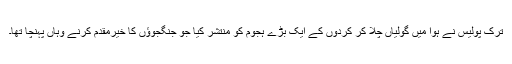
ترک پولیس نے ہوا میں گولیاں چلا کر کردوں کے ایک بڑے ہجوم کو منتشر کیا جو جنگجوؤں کا خیرمقدم کرنے وہاں پہنچا تھا۔